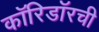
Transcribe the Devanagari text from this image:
कॉरिडॉरची